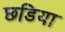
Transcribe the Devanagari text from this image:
छडिया